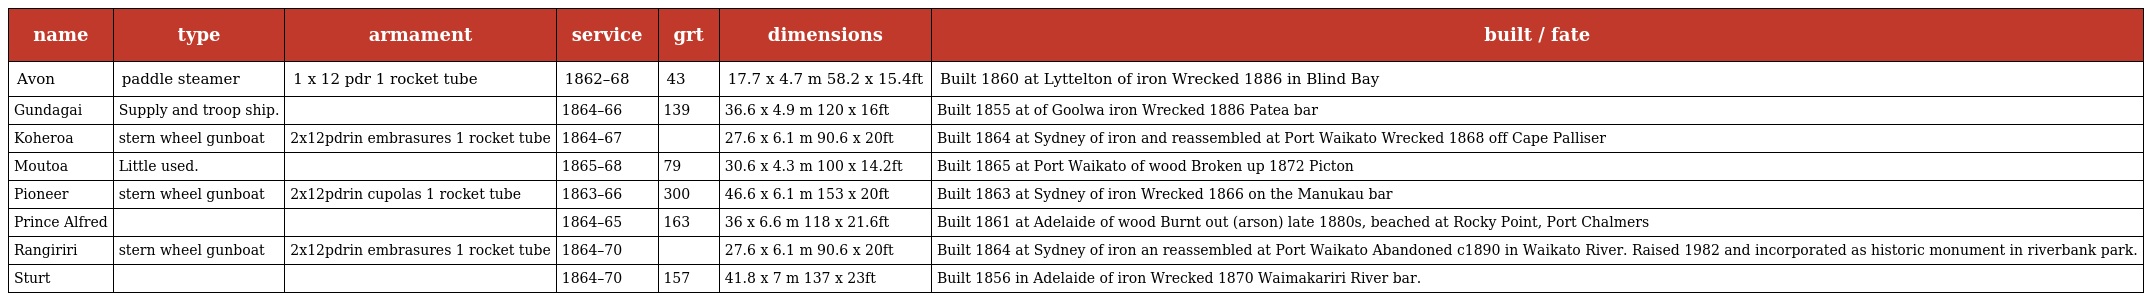
| name | type | armament | service | grt | dimensions | built / fate |
 | --- | --- | --- | --- | --- | --- | --- |
 | Avon | paddle steamer | 1 x 12 pdr 1 rocket tube | 1862–68 | 43 | 17.7 x 4.7 m 58.2 x 15.4ft | Built 1860 at Lyttelton of iron Wrecked 1886 in Blind Bay |
 | Gundagai | Supply and troop ship. |  | 1864–66 | 139 | 36.6 x 4.9 m 120 x 16ft | Built 1855 at of Goolwa iron Wrecked 1886 Patea bar |
 | Koheroa | stern wheel gunboat | 2x12pdrin embrasures 1 rocket tube | 1864–67 |  | 27.6 x 6.1 m 90.6 x 20ft | Built 1864 at Sydney of iron and reassembled at Port Waikato Wrecked 1868 off Cape Palliser |
 | Moutoa | Little used. |  | 1865–68 | 79 | 30.6 x 4.3 m 100 x 14.2ft | Built 1865 at Port Waikato of wood Broken up 1872 Picton |
 | Pioneer | stern wheel gunboat | 2x12pdrin cupolas 1 rocket tube | 1863–66 | 300 | 46.6 x 6.1 m 153 x 20ft | Built 1863 at Sydney of iron Wrecked 1866 on the Manukau bar |
 | Prince Alfred |  |  | 1864–65 | 163 | 36 x 6.6 m 118 x 21.6ft | Built 1861 at Adelaide of wood Burnt out (arson) late 1880s, beached at Rocky Point, Port Chalmers |
 | Rangiriri | stern wheel gunboat | 2x12pdrin embrasures 1 rocket tube | 1864–70 |  | 27.6 x 6.1 m 90.6 x 20ft | Built 1864 at Sydney of iron an reassembled at Port Waikato Abandoned c1890 in Waikato River. Raised 1982 and incorporated as historic monument in riverbank park. |
 | Sturt |  |  | 1864–70 | 157 | 41.8 x 7 m 137 x 23ft | Built 1856 in Adelaide of iron Wrecked 1870 Waimakariri River bar. |